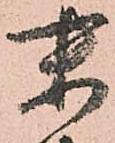
末